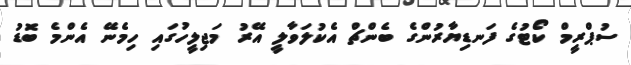
ސުޕްރީމް ކޯޓުގެ ފަނޑިޔާރުންގެ ބެންޗް އެކުލަވާލީ އޭރު މަޖިލީހުގައި ހިމެނޭ އެންމެ ބޮޑު